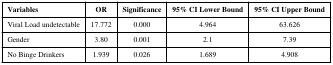
| Variables | OR | Significance | 95% CI Lower Bound | 95% CI Upper Bound |
 | --- | --- | --- | --- | --- |
 | Viral Load undetectable | 17.772 | 0.000 | 4.964 | 63.626 |
 | Gender | 3.80 | 0.001 | 2.1 | 7.39 |
 | No Binge Drinkers | 1.939 | 0.026 | 1.689 | 4.908 |